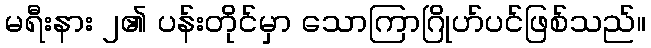
မရီးနား ၂၏ ပန်းတိုင်မှာ သောကြာဂြိုဟ်ပင်ဖြစ်သည်။